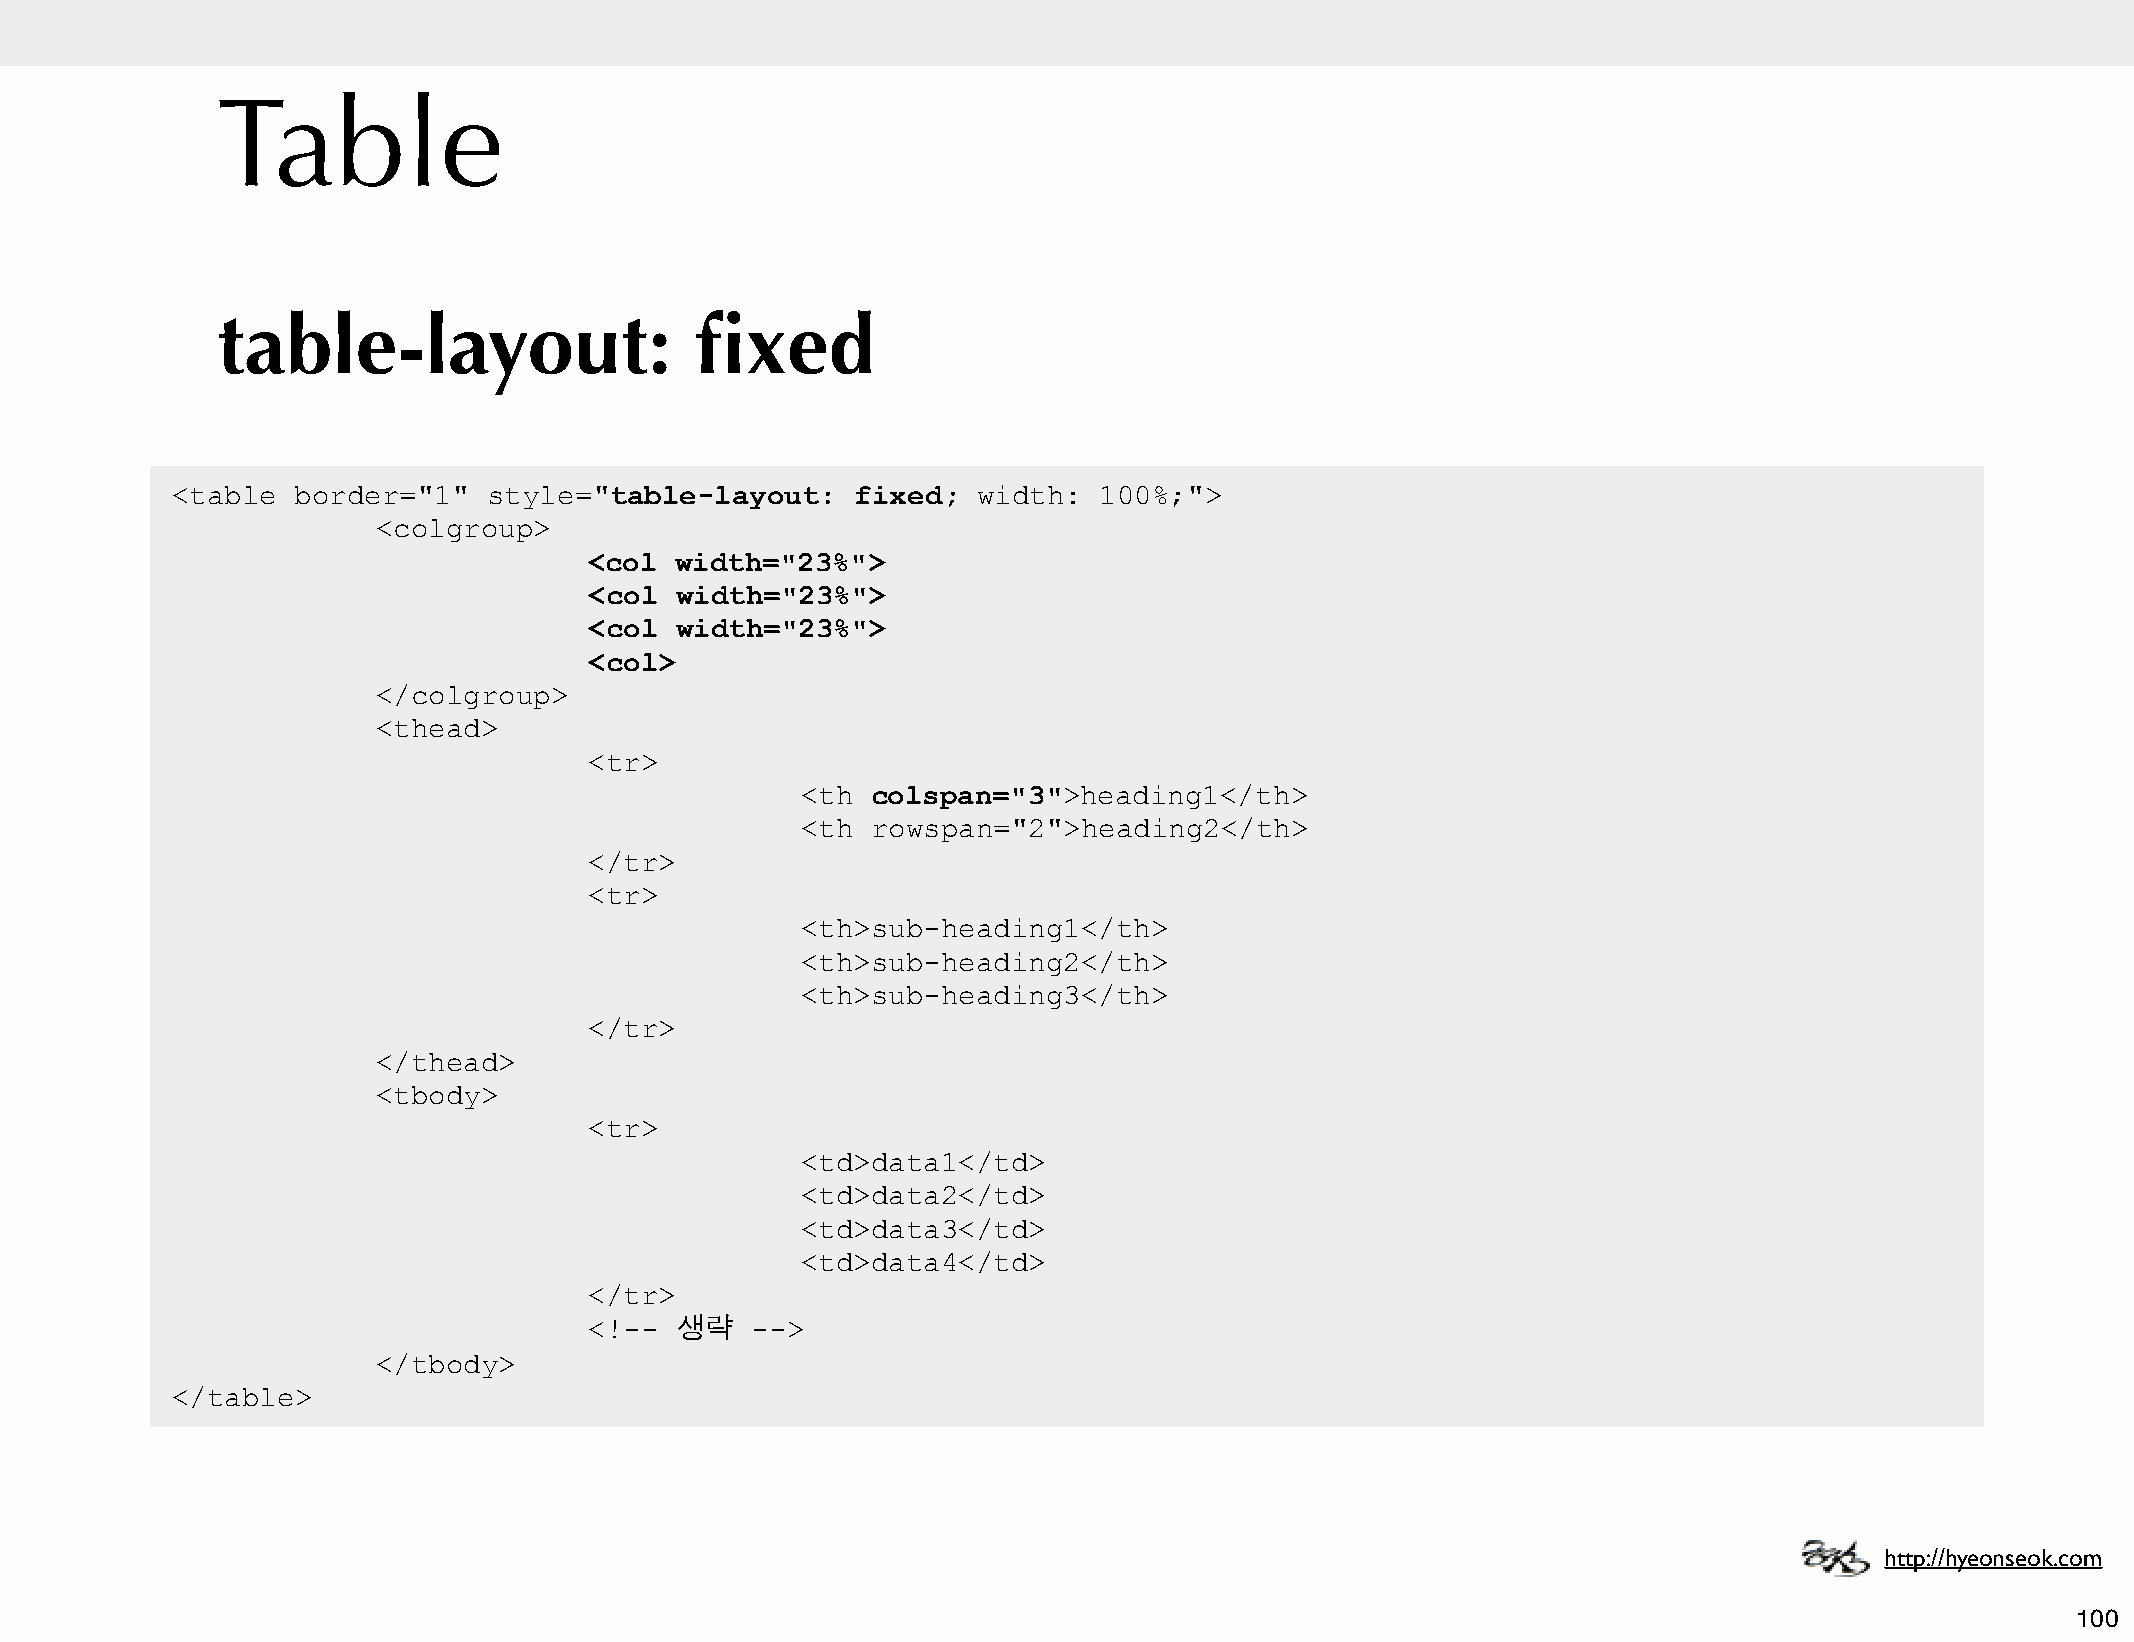
Table
 table-layout:                   fixed
 <table   border="1"  style="table-layout:     fixed;  width:  100%;">
 <colgroup>
 <col  width="23%">
 <col  width="23%">
 <col  width="23%">
 <col>
 </colgroup>
 <thead>
 <tr>
 <th  colspan="3">heading1</th>
 <th  rowspan="2">heading2</th>
 </tr>
 <tr>
 <th>sub-heading1</th>
 <th>sub-heading2</th>
 <th>sub-heading3</th>
 </tr>
 </thead>
 <tbody>
 <tr>
 <td>data1</td>
 <td>data2</td>
 <td>data3</td>
 <td>data4</td>
 </tr>
 <!--  생략   -->
 </tbody>
 </table>
 http://hyeonseok.com
 100